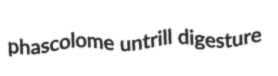
phascolome untrill digesture